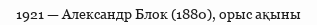
1921 — Александр Блок (1880), орыс ақыны